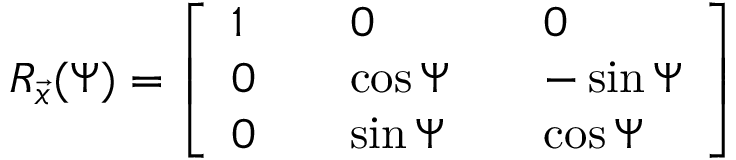
R _ { \vec { x } } ( \Psi ) = \left[ \begin{array} { l l l l l } { 1 } & { } & { 0 } & { } & { 0 } \\ { 0 } & { } & { \cos { \Psi } } & { } & { - \sin { \Psi } } \\ { 0 } & { } & { \sin { \Psi } } & { } & { \cos { \Psi } } \end{array} \right]